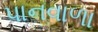
પાનવાળા